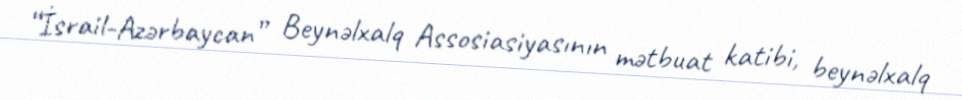
“İsrail-Azərbaycan” Beynəlxalq Assosiasiyasının mətbuat katibi, beynəlxalq